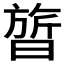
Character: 𬁩